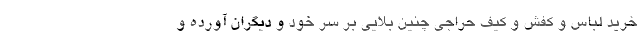
خرید لباس و کفش و کیف حراجی چنین بلایی بر سر خود و دیگران آورده و